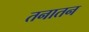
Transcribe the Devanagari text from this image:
तनातन